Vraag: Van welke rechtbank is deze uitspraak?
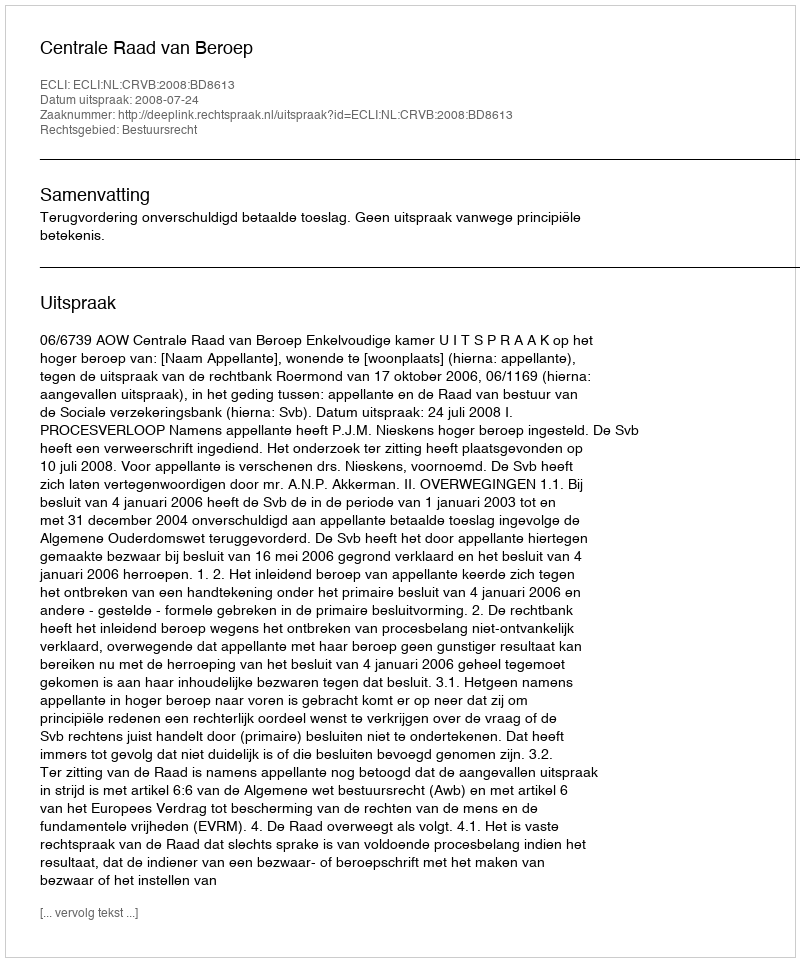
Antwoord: Centrale Raad van Beroep